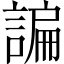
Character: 諞